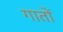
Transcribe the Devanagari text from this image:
गातों